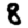
Digit: 8